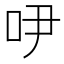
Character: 吚